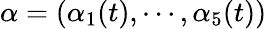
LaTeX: \alpha=(\alpha_{1}(t),\cdots,\alpha_{5}(t))